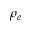
\rho _ { e }